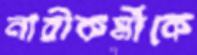
নারীকর্মীকে